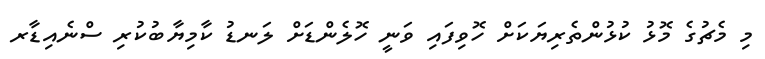
މި މެޗުގެ މޮޅު ކުޅުންތެރިޔަކަށް ހޮވިފައި ވަނީ ހޮލެންޑަށް ލަނޑު ކާމިޔާބުކުރި ސްނެއިޑާރ